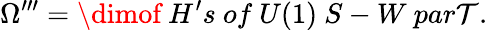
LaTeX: \Omega^{\prime\prime\prime}=\dimof~H^{\prime}s~of~U(1)~S-W~par\mathcal{T}.